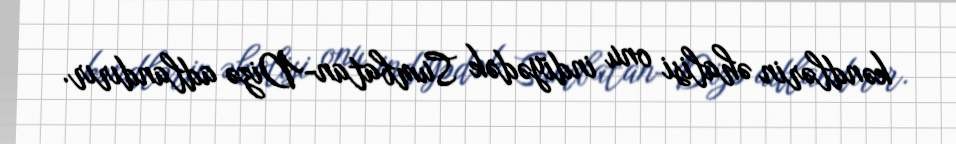
kəndlərin əhalisi onu indiyədək Sumbatan-Dizə adlandırır.